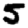
Digit: 5